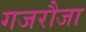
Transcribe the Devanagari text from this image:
गजरौजा